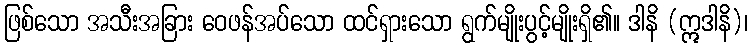
ဖြစ်သော အသီးအခြား ဝေဖန်အပ်သော ထင်ရှားသော ရွက်မျိုးပွင့်မျိုးရှိ၏။ ဒါနိ (ဣဒါနိ)၊